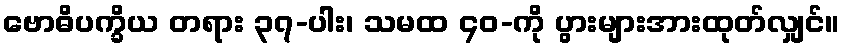
ဗောဓိပက္ခိယ တရား ၃၇-ပါး၊ သမထ ၄၀-ကို ပွားများအားထုတ်လျှင်။